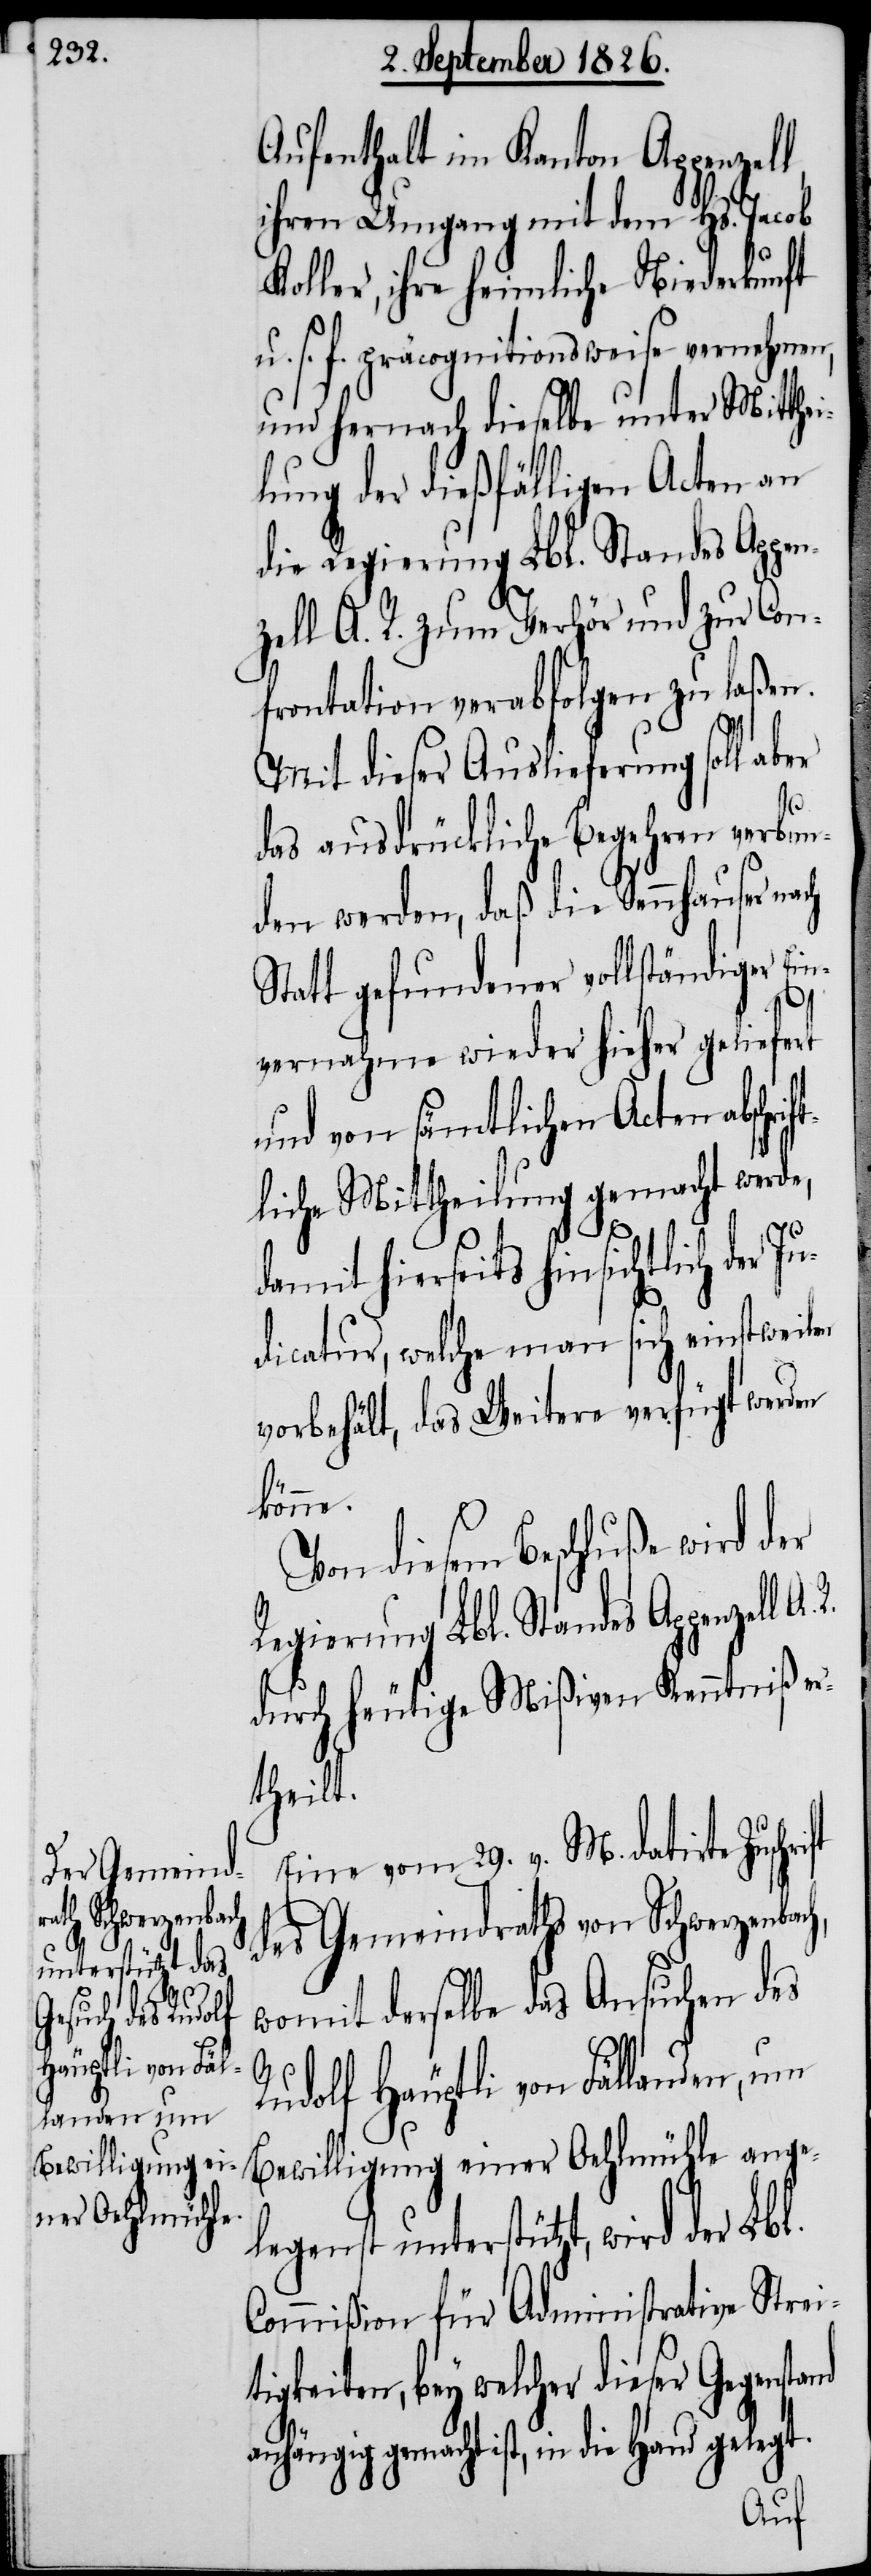
R.
ch der Ju¬

Aufenthalt im Kanton Appenzell
ihren Umgang mit dem Hs. Jacob
Koller, ihre heimliche Niederkunft
u. s. f. präcognitionsweise vernehmen,
und hernach dieselbe unter Mitthe¬
ilung der dießfälligen Acten an
die Regierung Lbl. Standes Appe¬
nzell A. R. zum Verhör und zur Con¬
frontation verabfolgen zu laßen.
Mit dieser Auslieferung soll aber
nd
das ausdrückliche Begehren verbun¬
den werden, daß die Sennhauser nach
Statt gefundener vollständiger Ei¬
vernahme wieder hieher geliefert
und von sämtlichen Acten abschr¬
tliche Mittheilung gemacht werde,
damit hierseits hinsichtli¬
dicatur, welche man sich einstweilen
vorbehält, das Weitere verfügt werden
könne.
Von diesem Beschluße wird der
Regierung Lbl. Standes Appenzell
durch heutige Mißiven Kenntniß er¬
theilt.
Eine vom 29. v. M. datirte Zuschri¬
des Gemeindraths von Schwerzenba¬
womit derselbe das Ansuchen des
Rudolf Häuptli von Fällanden, um
Bewilligung einer Oehlmühle ange¬
legenst unterstützt, wird der
Commißion für Administrative Strei¬
tigkeiten, bey welcher dieser Gegensta¬
anhängig gemacht ist, in die